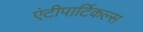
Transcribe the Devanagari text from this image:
एंटीपार्टिकल्स